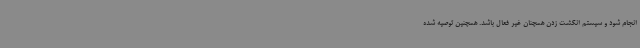
انجام شود و سیستم انگشت زدن همچنان غیر فعال باشد. همچنین توصیه شده